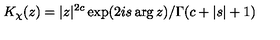
K _ { \chi } ( z ) = | z | ^ { 2 c } \exp ( 2 i s \arg z ) / \Gamma ( c + | s | + 1 )